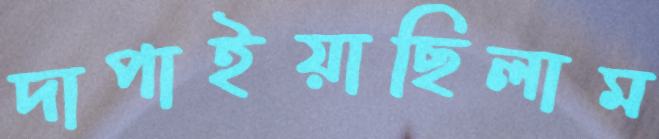
দাপাইয়াছিলাম